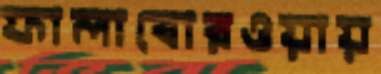
ফালাবোরওয়ায়